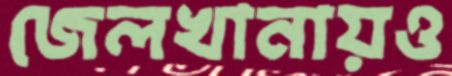
জেলখানায়ও